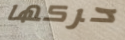
حركها